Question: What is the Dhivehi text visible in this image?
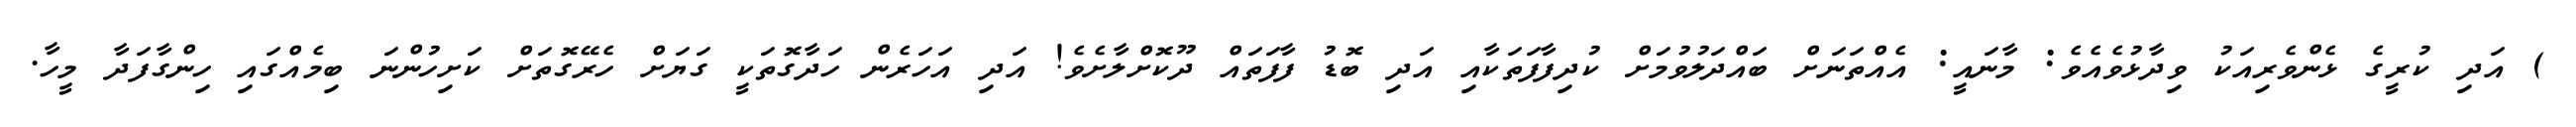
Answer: ) އަދި ކުރީގެ ޅެންވެރިއަކު ވިދާޅުވެއެވެ: މާނައީ: އެއްތަނަށް ބައްދަލުވުމަށް ކުދިފާފަތަކާއި އަދި ބޮޑު ފާފަތައް ދޫކޮށްލާށެވެ! އަދި އަހަރެން ހަދާގޮތަކީ ގަޔަށް ހެރޭގޮތަށް ކަށިހުންނަ ބިމެއްގައި ހިންގާފަދާ މީހާ.